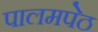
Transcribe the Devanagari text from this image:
पालमपेठ